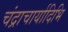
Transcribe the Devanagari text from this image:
चंद्राचार्यादिभि